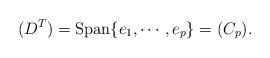
LaTeX: \begin{align*}(D^T)=\hbox{Span}\{e_1,\cdots, e_p\}=(C_p).\end{align*}